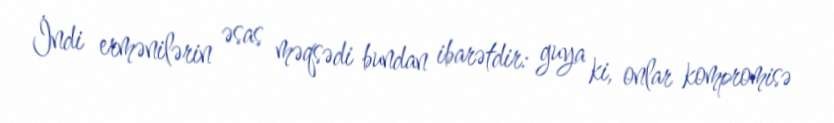
İndi ermənilərin əsas məqsədi bundan ibarətdir: guya ki, onlar kompromisə